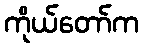
ကိုယ်တော်က